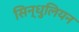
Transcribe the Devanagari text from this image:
सिन्धुलियन